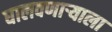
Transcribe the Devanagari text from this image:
घालवणाऱ्याला